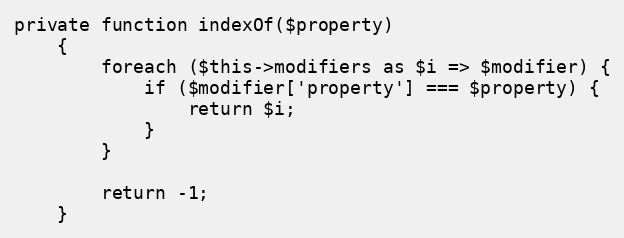
Language: PHP
private function indexOf($property)
    {
        foreach ($this->modifiers as $i => $modifier) {
            if ($modifier['property'] === $property) {
                return $i;
            }
        }

        return -1;
    }